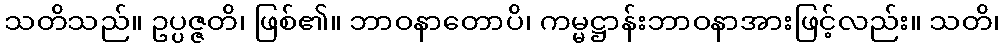
သတိသည်။ ဥပ္ပဇ္ဇတိ၊ ဖြစ်၏။ ဘာဝနာတောပိ၊ ကမ္မဋ္ဌာန်းဘာဝနာအားဖြင့်လည်း။ သတိ၊